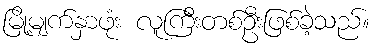
မြို့မျက်နှာဖုံး လူကြီးတစ်ဦးဖြစ်ခဲ့သည်။